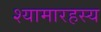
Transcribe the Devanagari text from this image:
श्यामारहस्य